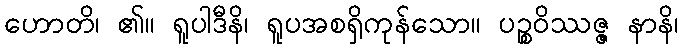
ဟောတိ၊ ၏။ ရူပါဒီနိ၊ ရူပအစရှိကုန်သော။ ပဉ္စဝိဿဇ္ဇ နာနိ၊